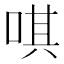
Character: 唭